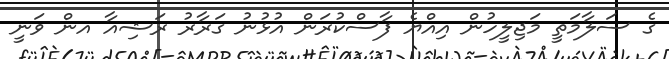
ގެ ސަލާމަތީ މަޖިލީހުން އިއްޔެ ފާސްކުރަން އުޅުނު ގަރާރު ރަޝިއާ އން ވަނީ